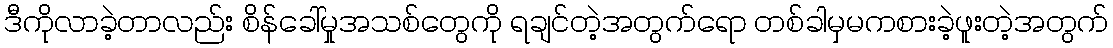
ဒီကိုလာခဲ့တာလည်း စိန်ခေါ်မှုအသစ်တွေကို ရချင်တဲ့အတွက်ရော တစ်ခါမှမကစားခဲ့ဖူးတဲ့အတွက်